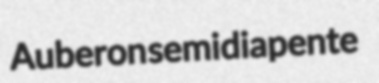
Auberon semidiapente